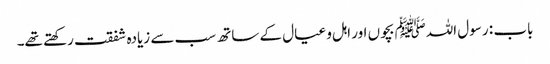
باب : رسول اللہﷺ بچوں اور اہل و عیال کے ساتھ سب سے زیادہ شفقت رکھتے تھے۔